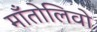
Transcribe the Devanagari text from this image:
माँतोलिवो